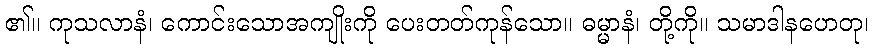
၏။ ကုသလာနံ၊ ကောင်းသောအကျိုးကို ပေးတတ်ကုန်သော။ ဓမ္မာနံ၊ တို့ကို။ သမာဒါနဟေတု၊